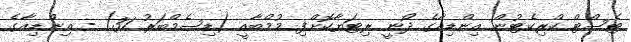
ޓެސްޓް ކްރިކެޓުން އިންޑިއާގެ ދޯނީ ރިޓަޔާކޮށްފި މުމްބާއީ (ޑިސެމްބަރު 31) - އިންޑިއާގެ